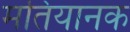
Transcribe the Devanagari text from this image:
मतियानक